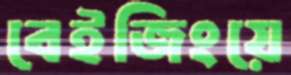
বেইজিংয়ে